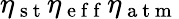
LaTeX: \eta_{\mathrm{~s~t~}}\eta_{\mathrm{~e~f~f~}}\eta_{\mathrm{~a~t~m~}}